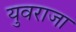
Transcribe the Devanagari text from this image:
युवराजा